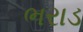
ભરાડ